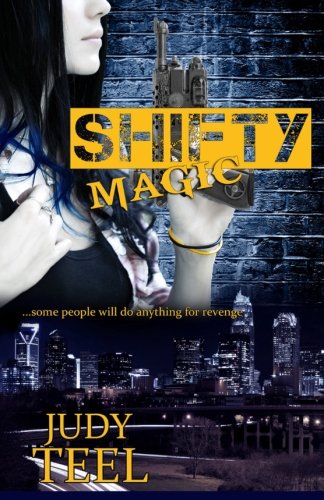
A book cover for Shifty Magic (Shifty Magic Series); Judy Teel; Science Fiction & Fantasy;